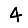
Digit: 4